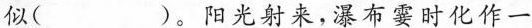
似( )。阳光射来，瀑布霎时化作一